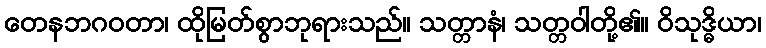
တေနဘဂဝတာ၊ ထိုမြတ်စွာဘုရားသည်။ သတ္တာနံ၊ သတ္တဝါတို့၏။ ဝိသုဒ္ဓိယာ၊